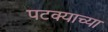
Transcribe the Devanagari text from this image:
पटक्याच्या